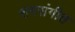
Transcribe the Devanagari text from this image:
रागसंगीत